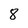
Character: 8